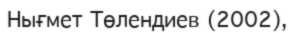
Нығмет Төлендиев (2002),